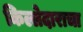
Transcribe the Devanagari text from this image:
किल्लेदाराचा